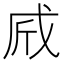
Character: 𢦲